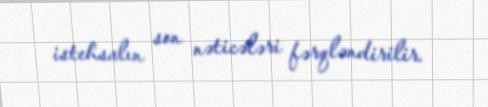
istehsalın son nəticələri fərqləndirilir.